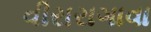
વીરારાગાવા